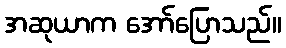
အဆုယာက အော်ပြောသည်။